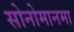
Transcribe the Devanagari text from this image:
सोनोमानमा